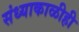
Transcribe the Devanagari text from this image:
संध्याकाळीही